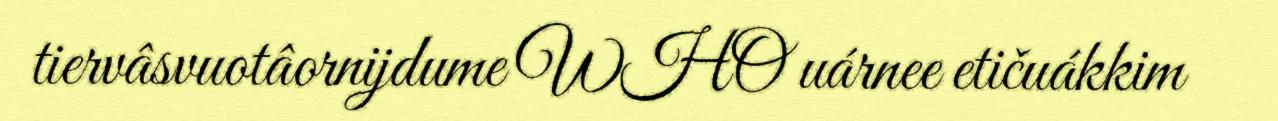
tiervâsvuotâornijdume WHO uárnee etičuákkim